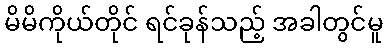
မိမိကိုယ်တိုင် ရင်ခုန်သည့် အခါတွင်မူ